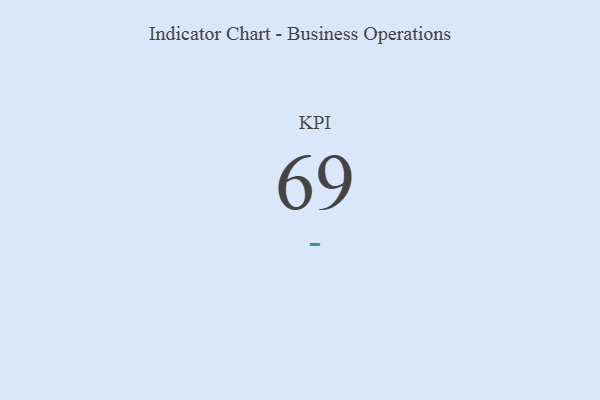
{"axis": {"x": "KPI", "y": "Value"}, "legend": [""], "data": [{"x": "KPI", "y": 69, "type": ""}]}